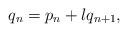
LaTeX: \begin{align*} q_n=p_n+lq_{n+1}, \quad\end{align*}